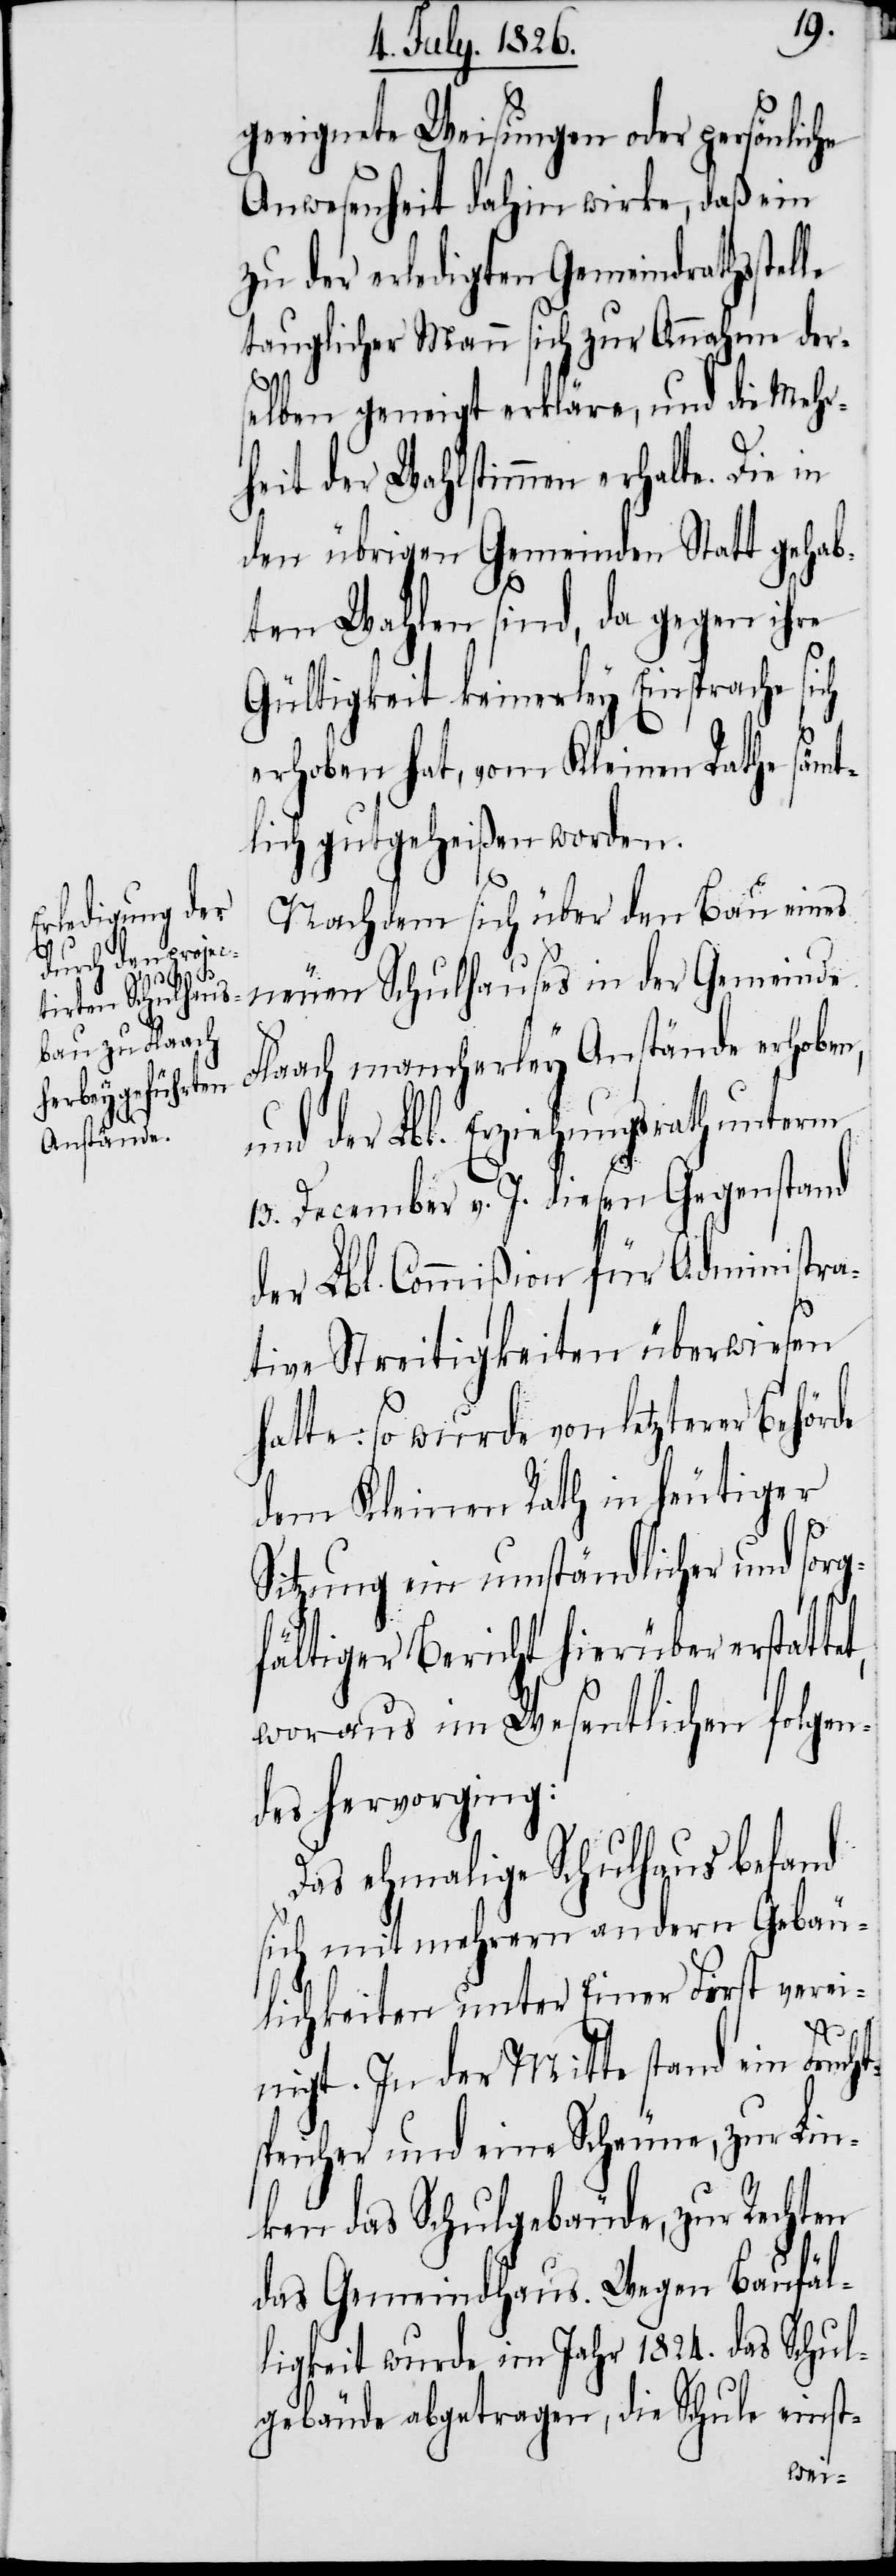
geeignete Weisungen oder persönliche
Anwesenheit dahin wirke, daß ein
zu der erledigten Gemeindrathsstel¬
tauglicher Mann sich zur Annahme der¬
h¬
selben geneigt erkläre, und die Mehr¬
heit der Wahlstimmen erhalte. Die in
den übrigen Gemeinden Statt gehab¬
ten Wahlen sind, da gegen ihre
Gültigkeit keinerley Einsprache si¬
erhoben hat, vom Kleinen Rathe sämt¬
liche gutgeheißen worden.
Nachdem sich über den Bau eines
neuen Schulhauses in der Gemeinde
Flaach mancherley Anstände erhoben,
und der Lbl. Erziehungsrath unterm
13. December v. J. diesen Gegenstand
der Lbl. Commißion für Administra¬
tive Streitigkeiten überwiesen
atte: so wurde von letzterer Behörde
dem Kleinen Rath in heutiger
Sitzung ein umständlicher und sorg¬
fältiger Bericht hierüber erstat¬
woraus im Wesentlichen folgen¬
des hervorging:
Das ehemalige Schulhaus befand
sich mit mehrern andern Gebäu¬
lichkeiten unter Einer First verei¬
tet,
nigt. In der Mitte stand ein Frucht¬
speicher und eine Scheune, zur Lin¬
ken das Schulgebäude, zur Rechten
das Gemeindhaus. Wegen Baufäl¬
ligkeit wurde im Jahr 1824. das Schul¬
gebäude abgetragen, die Schule einst-